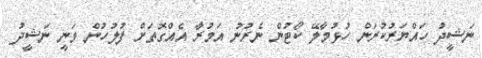
ނަޝީދު ހައްޔަރުކުރަން ހުޅުމާލޭ ކޯޓުން ނެރުނު އަމުރާ އެއްގޮތަށް ފުލުހުން ވަނީ ނަޝީދު